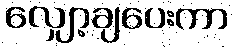
လျှော့ချပေးကာ